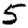
Digit: 5